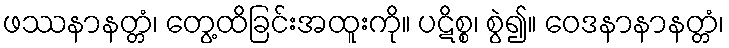
ဖဿနာနတ္တံ၊ တွေ့ထိခြင်းအထူးကို။ ပဋိစ္စ၊ စွဲ၍။ ဝေဒနာနာနတ္တံ၊